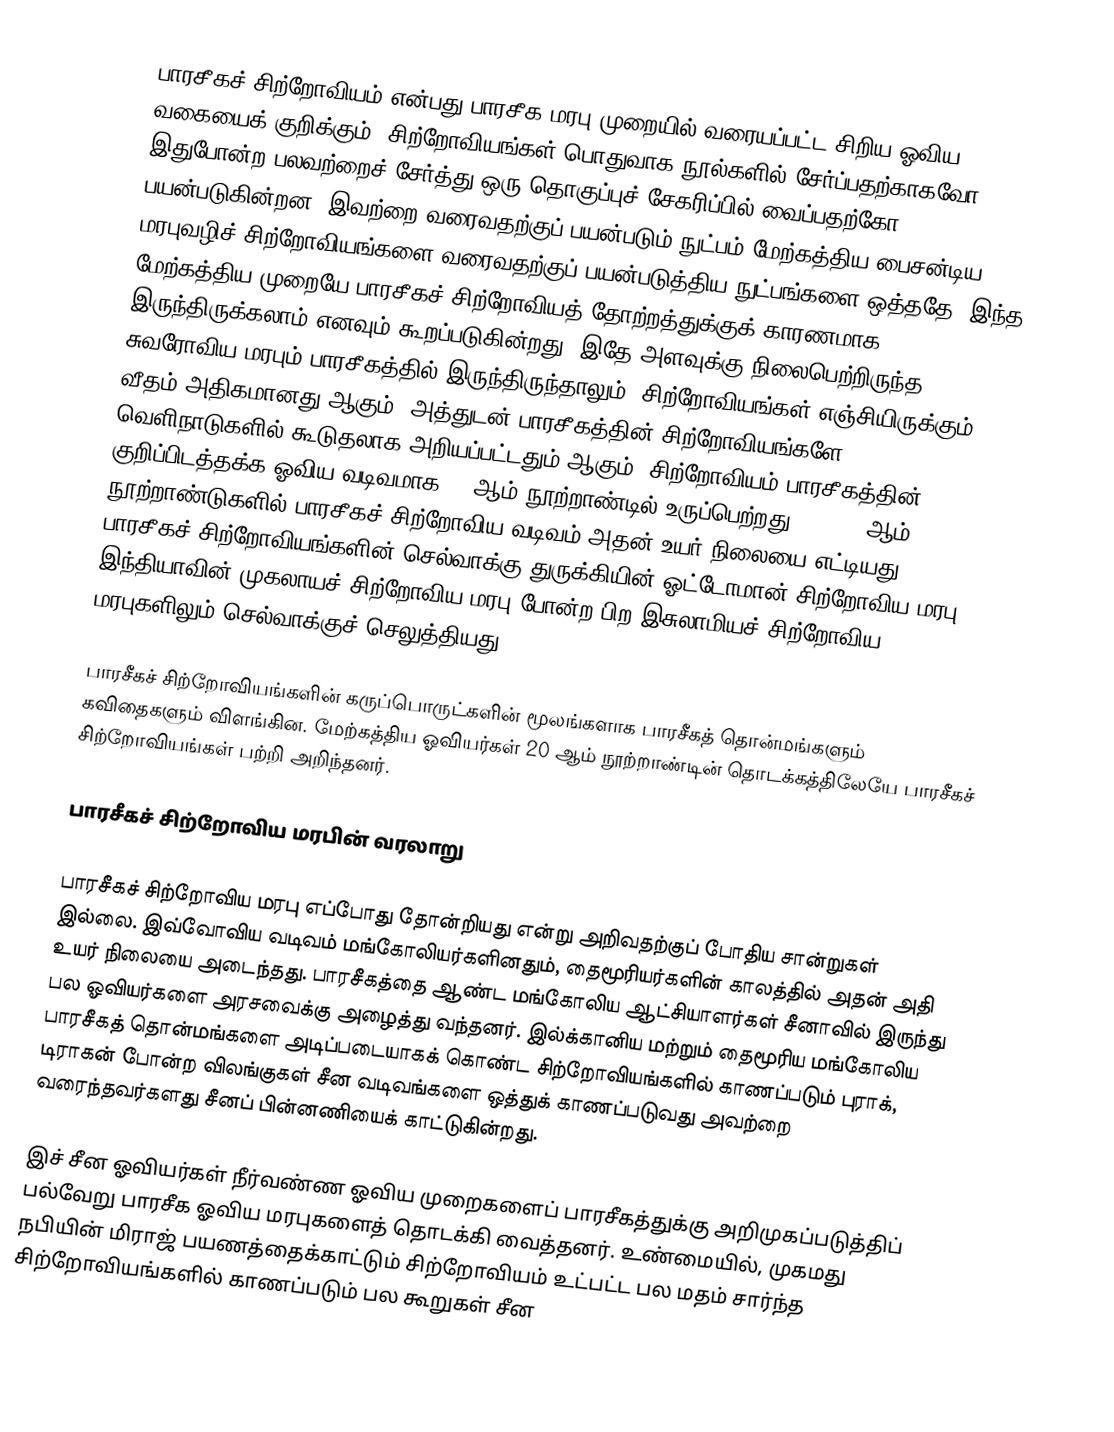
பாரசீகச் சிற்றோவியம் என்பது பாரசீக மரபு முறையில் வரையப்பட்ட சிறிய ஓவிய வகையைக் குறிக்கும். சிற்றோவியங்கள் பொதுவாக நூல்களில் சேர்ப்பதற்காகவோ, இதுபோன்ற பலவற்றைச் சேர்த்து ஒரு தொகுப்புச் சேகரிப்பில் வைப்பதற்கோ பயன்படுகின்றன. இவற்றை வரைவதற்குப் பயன்படும் நுட்பம் மேற்கத்திய பைசன்டிய மரபுவழிச் சிற்றோவியங்களை வரைவதற்குப் பயன்படுத்திய நுட்பங்களை ஒத்ததே. இந்த மேற்கத்திய முறையே பாரசீகச் சிற்றோவியத் தோற்றத்துக்குக் காரணமாக இருந்திருக்கலாம் எனவும் கூறப்படுகின்றது. இதே அளவுக்கு நிலைபெற்றிருந்த சுவரோவிய மரபும் பாரசீகத்தில் இருந்திருந்தாலும், சிற்றோவியங்கள் எஞ்சியிருக்கும் வீதம் அதிகமானது ஆகும். அத்துடன் பாரசீகத்தின் சிற்றோவியங்களே வெளிநாடுகளில் கூடுதலாக அறியப்பட்டதும் ஆகும். சிற்றோவியம் பாரசீகத்தின் குறிப்பிடத்தக்க ஓவிய வடிவமாக 13 ஆம் நூற்றாண்டில் உருப்பெற்றது. 15, 16 ஆம் நூற்றாண்டுகளில் பாரசீகச் சிற்றோவிய வடிவம் அதன் உயர் நிலையை எட்டியது. பாரசீகச் சிற்றோவியங்களின் செல்வாக்கு துருக்கியின் ஓட்டோமான் சிற்றோவிய மரபு, இந்தியாவின் முகலாயச் சிற்றோவிய மரபு போன்ற பிற இசுலாமியச் சிற்றோவிய மரபுகளிலும் செல்வாக்குச் செலுத்தியது.

பாரசீகச் சிற்றோவியங்களின் கருப்பொருட்களின் மூலங்களாக பாரசீகத் தொன்மங்களும் கவிதைகளும் விளங்கின. மேற்கத்திய ஓவியர்கள் 20 ஆம் நூற்றாண்டின் தொடக்கத்திலேயே பாரசீகச் சிற்றோவியங்கள் பற்றி அறிந்தனர்.

பாரசீகச் சிற்றோவிய மரபின் வரலாறு

பாரசீகச் சிற்றோவிய மரபு எப்போது தோன்றியது என்று அறிவதற்குப் போதிய சான்றுகள் இல்லை. இவ்வோவிய வடிவம் மங்கோலியர்களினதும், தைமூரியர்களின் காலத்தில் அதன் அதி உயர் நிலையை அடைந்தது. பாரசீகத்தை ஆண்ட மங்கோலிய ஆட்சியாளர்கள் சீனாவில் இருந்து பல ஓவியர்களை அரசவைக்கு அழைத்து வந்தனர். இல்க்கானிய மற்றும் தைமூரிய மங்கோலிய பாரசீகத் தொன்மங்களை அடிப்படையாகக் கொண்ட சிற்றோவியங்களில் காணப்படும் புராக், டிராகன் போன்ற விலங்குகள் சீன வடிவங்களை ஒத்துக் காணப்படுவது அவற்றை வரைந்தவர்களது சீனப் பின்னணியைக் காட்டுகின்றது.

இச் சீன ஓவியர்கள் நீர்வண்ண ஓவிய முறைகளைப் பாரசீகத்துக்கு அறிமுகப்படுத்திப் பல்வேறு பாரசீக ஓவிய மரபுகளைத் தொடக்கி வைத்தனர். உண்மையில், முகமது நபியின் மிராஜ் பயணத்தைக்காட்டும் சிற்றோவியம் உட்பட்ட பல மதம் சார்ந்த சிற்றோவியங்களில் காணப்படும் பல கூறுகள் சீன